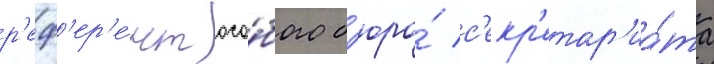
р'еф'ер'е́нт осо́бого б'юро́ с'екр'етар'иа́та